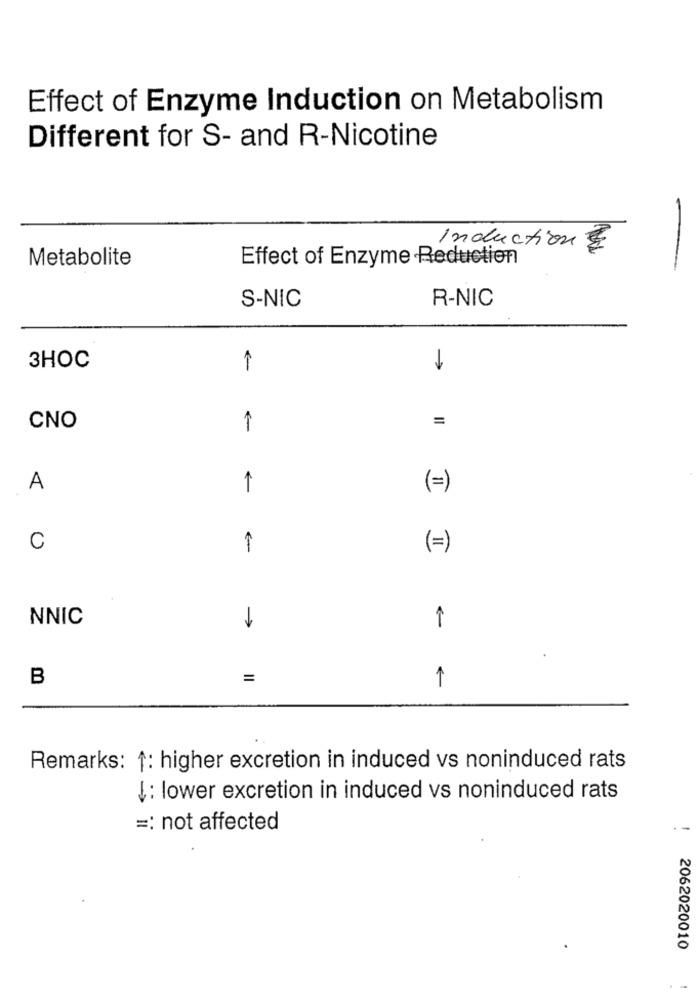
Effect of Enzyme Induction on Metabolism
Different for S- and R-Nicotine
Induction &
Metabolite
Effect of Enzyme Reduction
-
S-NIC
R-NIC
3HOC
1
>
=
CNO
1
A
1
(=)
C
1
(=)
NNIC
1
B
=
1
Remarks: 1: higher excretion in induced vs noninduced rats
I : lower excretion in induced vs noninduced rats
=: not affected
2062020010